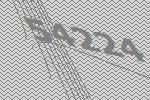
54224